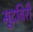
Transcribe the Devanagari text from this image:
मूदबिरी